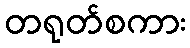
တရုတ်စကား